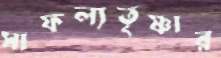
সাফল্যতৃষ্ণার